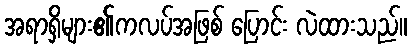
အရာရှိများ၏ကလပ်အဖြစ် ပြောင်း လဲထားသည်။